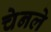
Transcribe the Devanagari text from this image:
चेनले